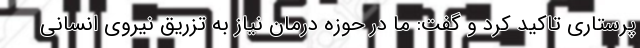
پرستاری تاکید کرد و گفت: ما در حوزه درمان نیاز به تزریق نیروی انسانی